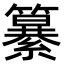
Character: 𮆷